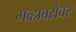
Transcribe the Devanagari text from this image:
गव्हाबरोबर